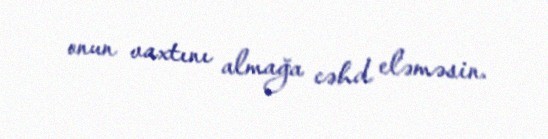
onun vaxtını almağa cəhd eləməsin.